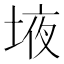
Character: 𰉾